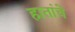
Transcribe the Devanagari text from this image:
हातांचे